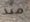
منذ